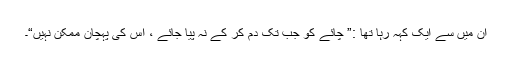
ان میں سے ایک کہہ رہا تھا :” چائے کو جب تک دم کر کے نہ پیا جائے ، اس کی پہچان ممکن نہیں“۔